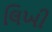
લિખી